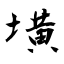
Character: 墴